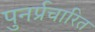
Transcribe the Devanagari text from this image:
पुनर्प्रचारित